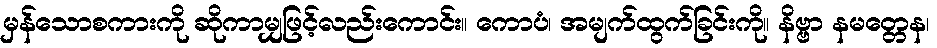
မှန်သောစကားကို ဆိုကာမျှဖြင့်လည်းကောင်း။ ကောပံ၊ အမျက်ထွက်ခြင်းကို။ နိဗ္ဗာ နမတ္တေန၊